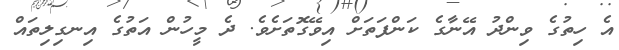
އެ ހިތުގެ ވިންދު އޭނާގެ ކަންފަތަށް އިވޭގޮތަށެވެ. ދެ މީހުން އަތުގެ އިނގިލިތައް